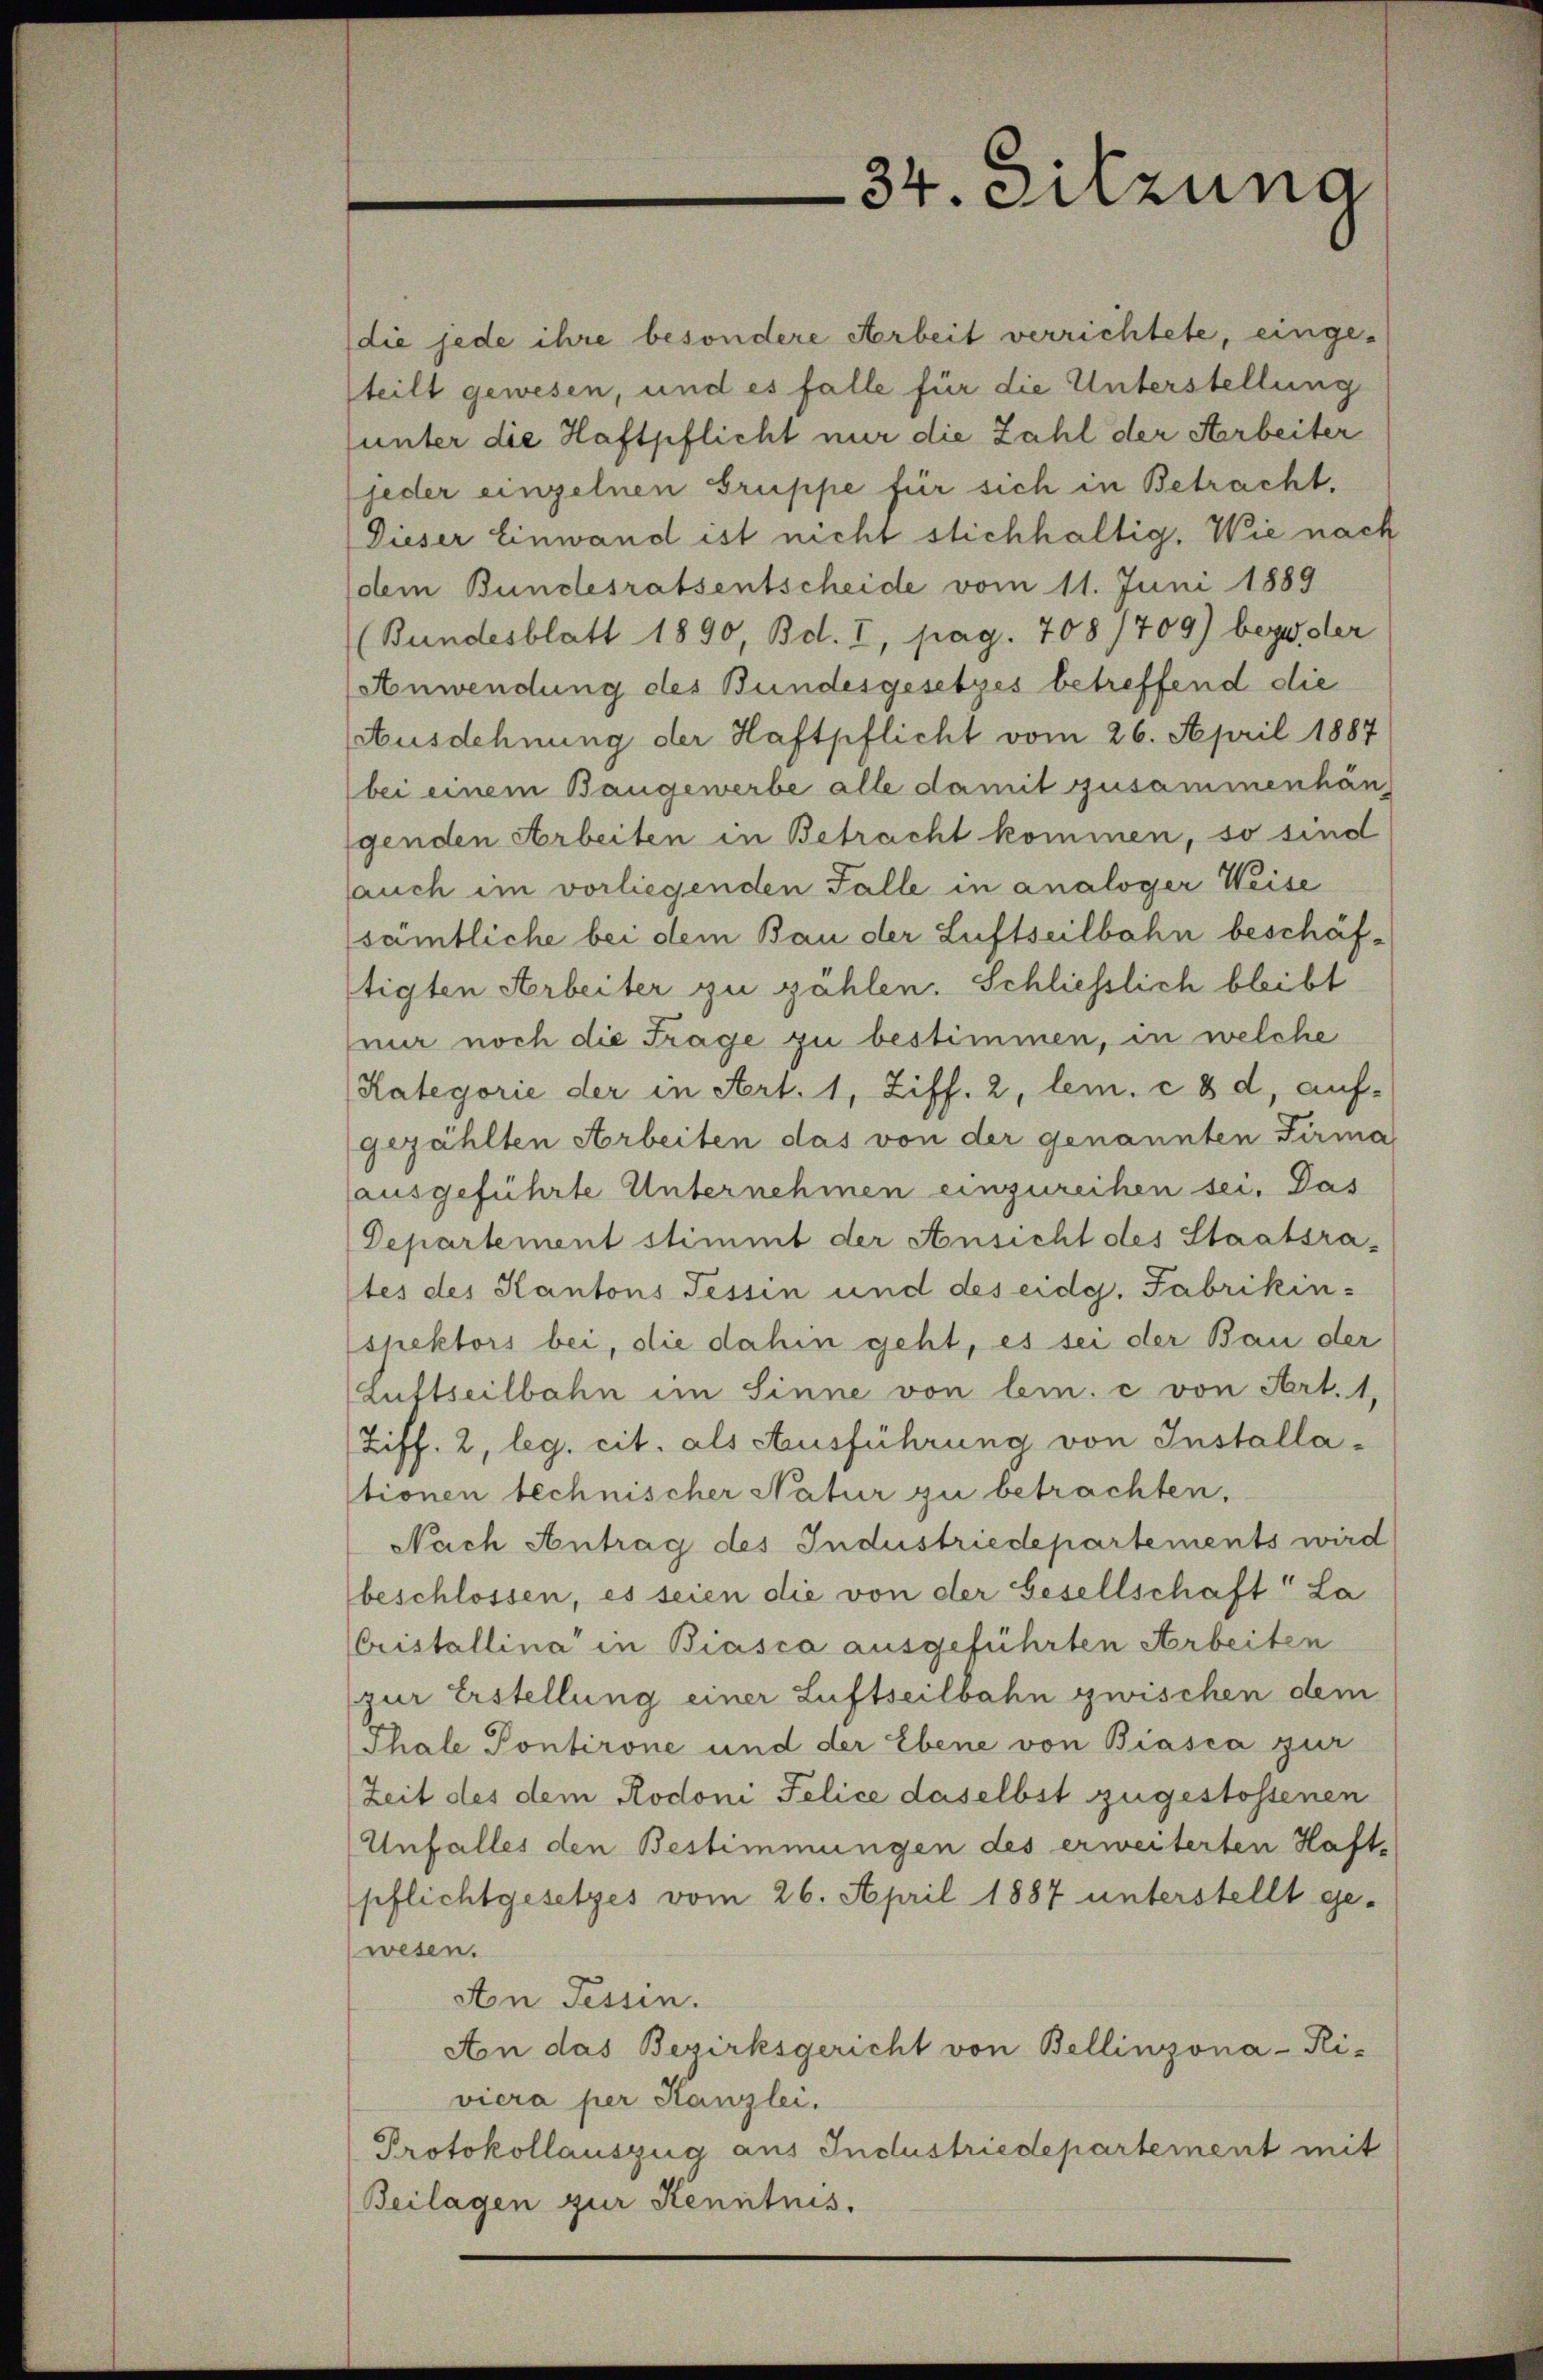
die jede ihre besondere Arbeit verrichtete, einge-
steilt gewesen, und es falle für die Unterstellung
unter die Haftpflicht nur die Zahl der Arbeiter
jeder einzelnen Gruppe für sich in Betracht.
Dieser Einwand ist nicht stichhaltig. Wie nach
dem Bundesratsentscheide vom 11. Juni 1889
(Bundesblatt 1890, Bd. I, pag. 708/709) bezw. der
Anwendung des Bundesgesetzes betreffend die
Ausdehnung der Haftpflicht vom 26. April 1887
bei einem Bangewerbe alle damit zusammenhän
genden Arbeiten in Betracht kommen, so sind
auch im vorliegenden Falle in analoger Weise
sämtliche bei dem Bau der Luftseilbahn beschäftigten Arbeiter zu zählen. Schliesslich bleibt
nur noch die Frage zu bestimmen, in welche
Kategorie der in Art. 1, Ziff. 2, lem. c. 8 d, auf-
gezählten Arbeiten das von der genannten Firma
ausgeführte Unternehmen einzureihen sei. Das
Departement stimmt der Ansicht des Staatsrates des Kantons Tessin und des eidg. Fabrikinshektors bei, die dahin geht, es sei der Bau der
Lustseilbahn im Sinne von lem. c von Art. 1
Ziff. 2, leg. cit. als Ausführung von Installationen technischer Natur zu betrachten.
Nach Antrag des Industriedepartements wird
beschlossen, es seien die von der Gesellschaft La
Cristallina“ in Biasca ausgeführten Arbeiten
zur Erstellung einer Luftseilbahn zwischen dem
Thale Pontirone und der Ebene von Biasca zur
Zeit des dem Rodoni Felice daselbst zugestossenen
Unfalles den Bestimmungen des erweiterten Haft-
pflichtgesetzes vom 26. April 1887 unterstellt ge-
zwesen.
An Tessin.
Aon das Bezirksgericht von Bellinzona-Ri-
viera per Kanzlei.
Protokollauszug aus Industriedepartement mit
(Beilagen zur Kenntnis.

34. Sitzung